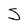
Character: S